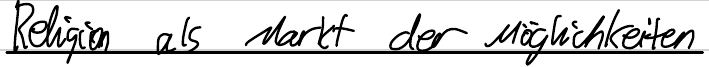
Religion als Markt der Möglichkeiten